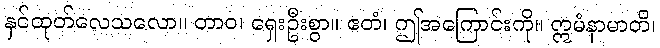
နှင်ထုတ်လေသလော။ တာဝ၊ ရှေးဦးစွာ။ ဧတံ၊ ဤအကြောင်းကို။ ဣမံနာမာတိ၊